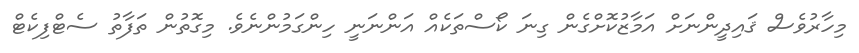
މިހާރުވެސް ޤައިދީންނަށް އަމާޒުކޮށްގެން ގިނަ ކޯސްތަކެއް އަންނަނީ ހިންގަމުންނެވެ. މިގޮތުން ތަފާތު ސެޓްފިކެޓް